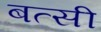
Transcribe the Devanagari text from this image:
बत्सी